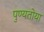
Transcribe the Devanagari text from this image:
पुण्यतोया